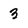
Character: 3